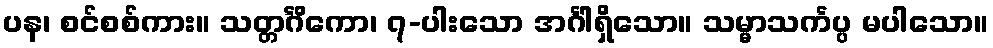
ပန၊ စင်စစ်ကား။ သတ္တင်္ဂိကော၊ ၇-ပါးသော အင်္ဂါရှိသော။ သမ္မာသင်္ကပ္ပ မပါသော။